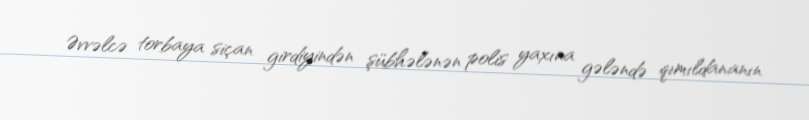
Əvvəlcə torbaya siçan girdiyindən şübhələnən polis yaxına gələndə qımıldananın